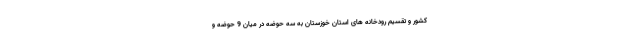
کشور و تقسیم رودخانه های استان خوزستان به سه حوضه در میان 9 حوضه و